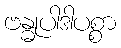
ဗန္ဓုပါဒါပစ္စာ